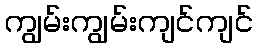
ကျွမ်းကျွမ်းကျင်ကျင်